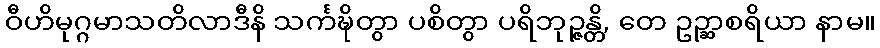
ဝီဟိမုဂ္ဂမာသတိလာဒီနိ သင်္ကဍ္ဎိတွာ ပစိတွာ ပရိဘုဉ္ဇန္တိ, တေ ဥဉ္ဆာစရိယာ နာမ။